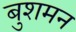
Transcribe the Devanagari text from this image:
बुशमन